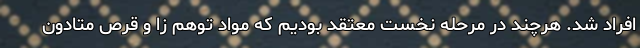
افراد شد. هرچند در مرحله نخست معتقد بودیم که مواد توهم زا و قرص متادون